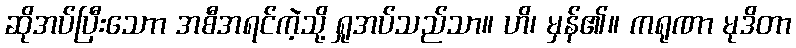
ဆိုအပ်ပြီးသောာ အစီအရင်ကဲ့သို့ ရှုအပ်သည်သာ။ ဟိ၊ မှန်၏။ ကရုဏာ မုဒိတာ